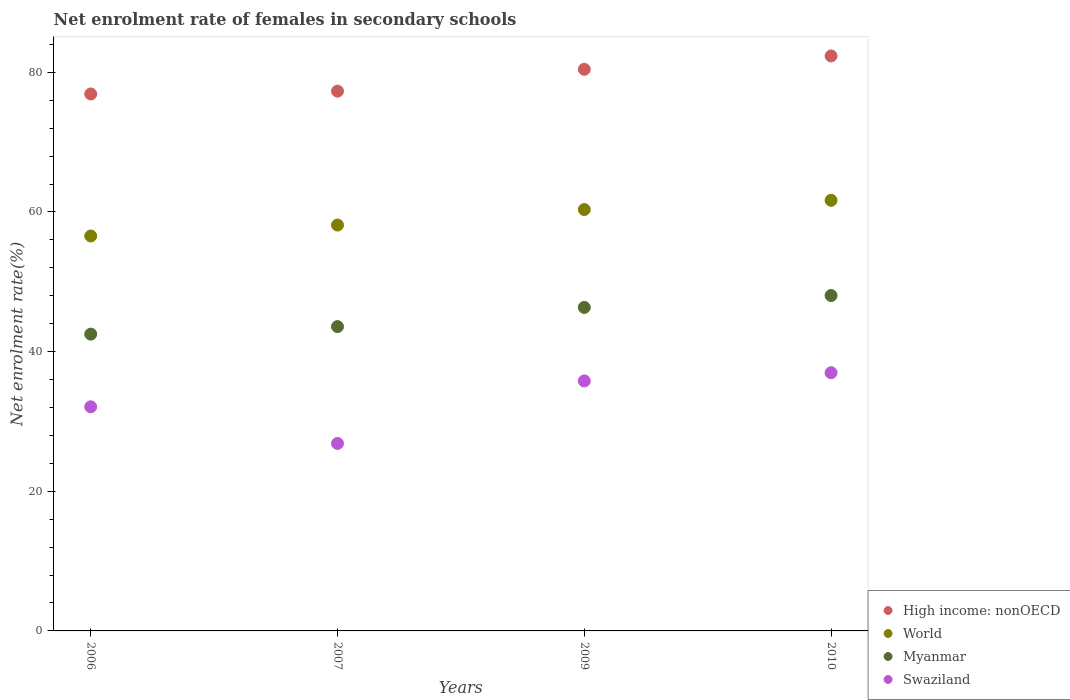
| Years | High income: nonOECD | World | Myanmar | Swaziland |
 | --- | --- | --- | --- | --- |
 | 2006 | 76.9 | 56.6 | 42.5 | 32.1 |
 | 2007 | 77.3 | 58.1 | 43.6 | 26.8 |
 | 2009 | 80.4 | 60.3 | 46.3 | 35.8 |
 | 2010 | 82.3 | 61.7 | 48 | 37 |